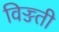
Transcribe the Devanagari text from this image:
विज्ज्ती